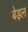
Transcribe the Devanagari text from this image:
बेड़ल